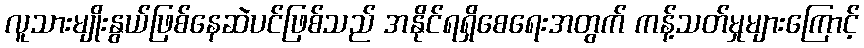
လူသားမျိုးနွယ်ဖြစ်နေဆဲပင်ဖြစ်သည် အနိုင်ရရှိစေရေးအတွက် ကန့်သတ်မှုများကြောင့်